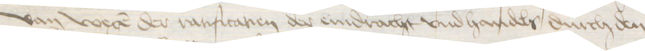
Van wegen der rarificatien der eindracht vnd handels durch den